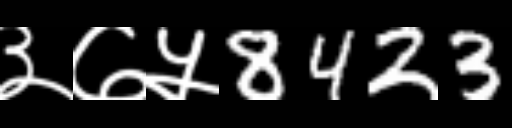
Text: ३७५8423